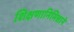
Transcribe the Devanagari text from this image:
शिक्षणानिमित्ताने